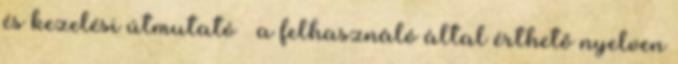
és kezelési útmutató – a felhasználó által érthető nyelven